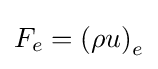
F_{e}=\left(\rho u\right)_{e}